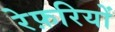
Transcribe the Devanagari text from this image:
रेफ़रियों